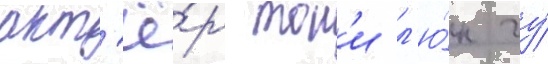
акт'ё́р тон'и л'ю́н чу́